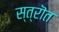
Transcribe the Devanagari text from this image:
स्त्रॊत